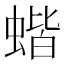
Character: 蝔